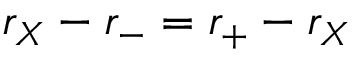
r _ { X } - r _ { - } = r _ { + } - r _ { X }